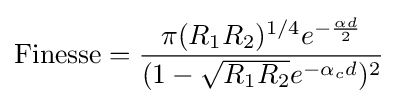
{\text{Finesse}}={\frac {\pi (R_{1}R_{2})^{1/4}e^{-{\frac {\alpha d}{2}}}}{(1-{\sqrt {R_{1}R_{2}}}e^{-\alpha _{c}d})^{2}}}